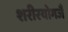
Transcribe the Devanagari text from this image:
शरीरयोगजै